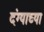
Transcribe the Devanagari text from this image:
दंग्याच्या